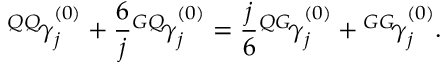
{ ^ { Q Q } \! \gamma } _ { j } ^ { ( 0 ) } + \frac { 6 } { j } { ^ { G Q } \! \gamma } _ { j } ^ { ( 0 ) } = \frac { j } { 6 } { ^ { Q G } \! \gamma } _ { j } ^ { ( 0 ) } + { ^ { G G } \! \gamma } _ { j } ^ { ( 0 ) } .